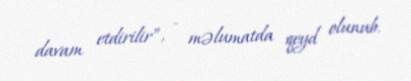
davam etdirilir”, - məlumatda qeyd olunub.